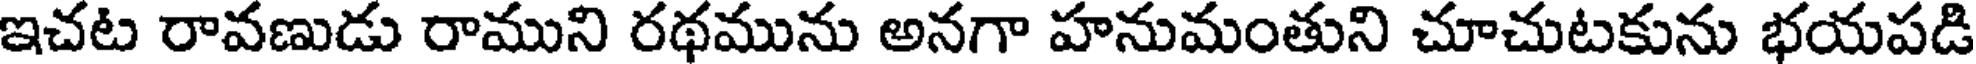
ఇచట రావణుడు రాముని రథమును అనగా హనుమంతుని చూచుటకును భయపడి